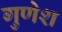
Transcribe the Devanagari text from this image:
गुणेश